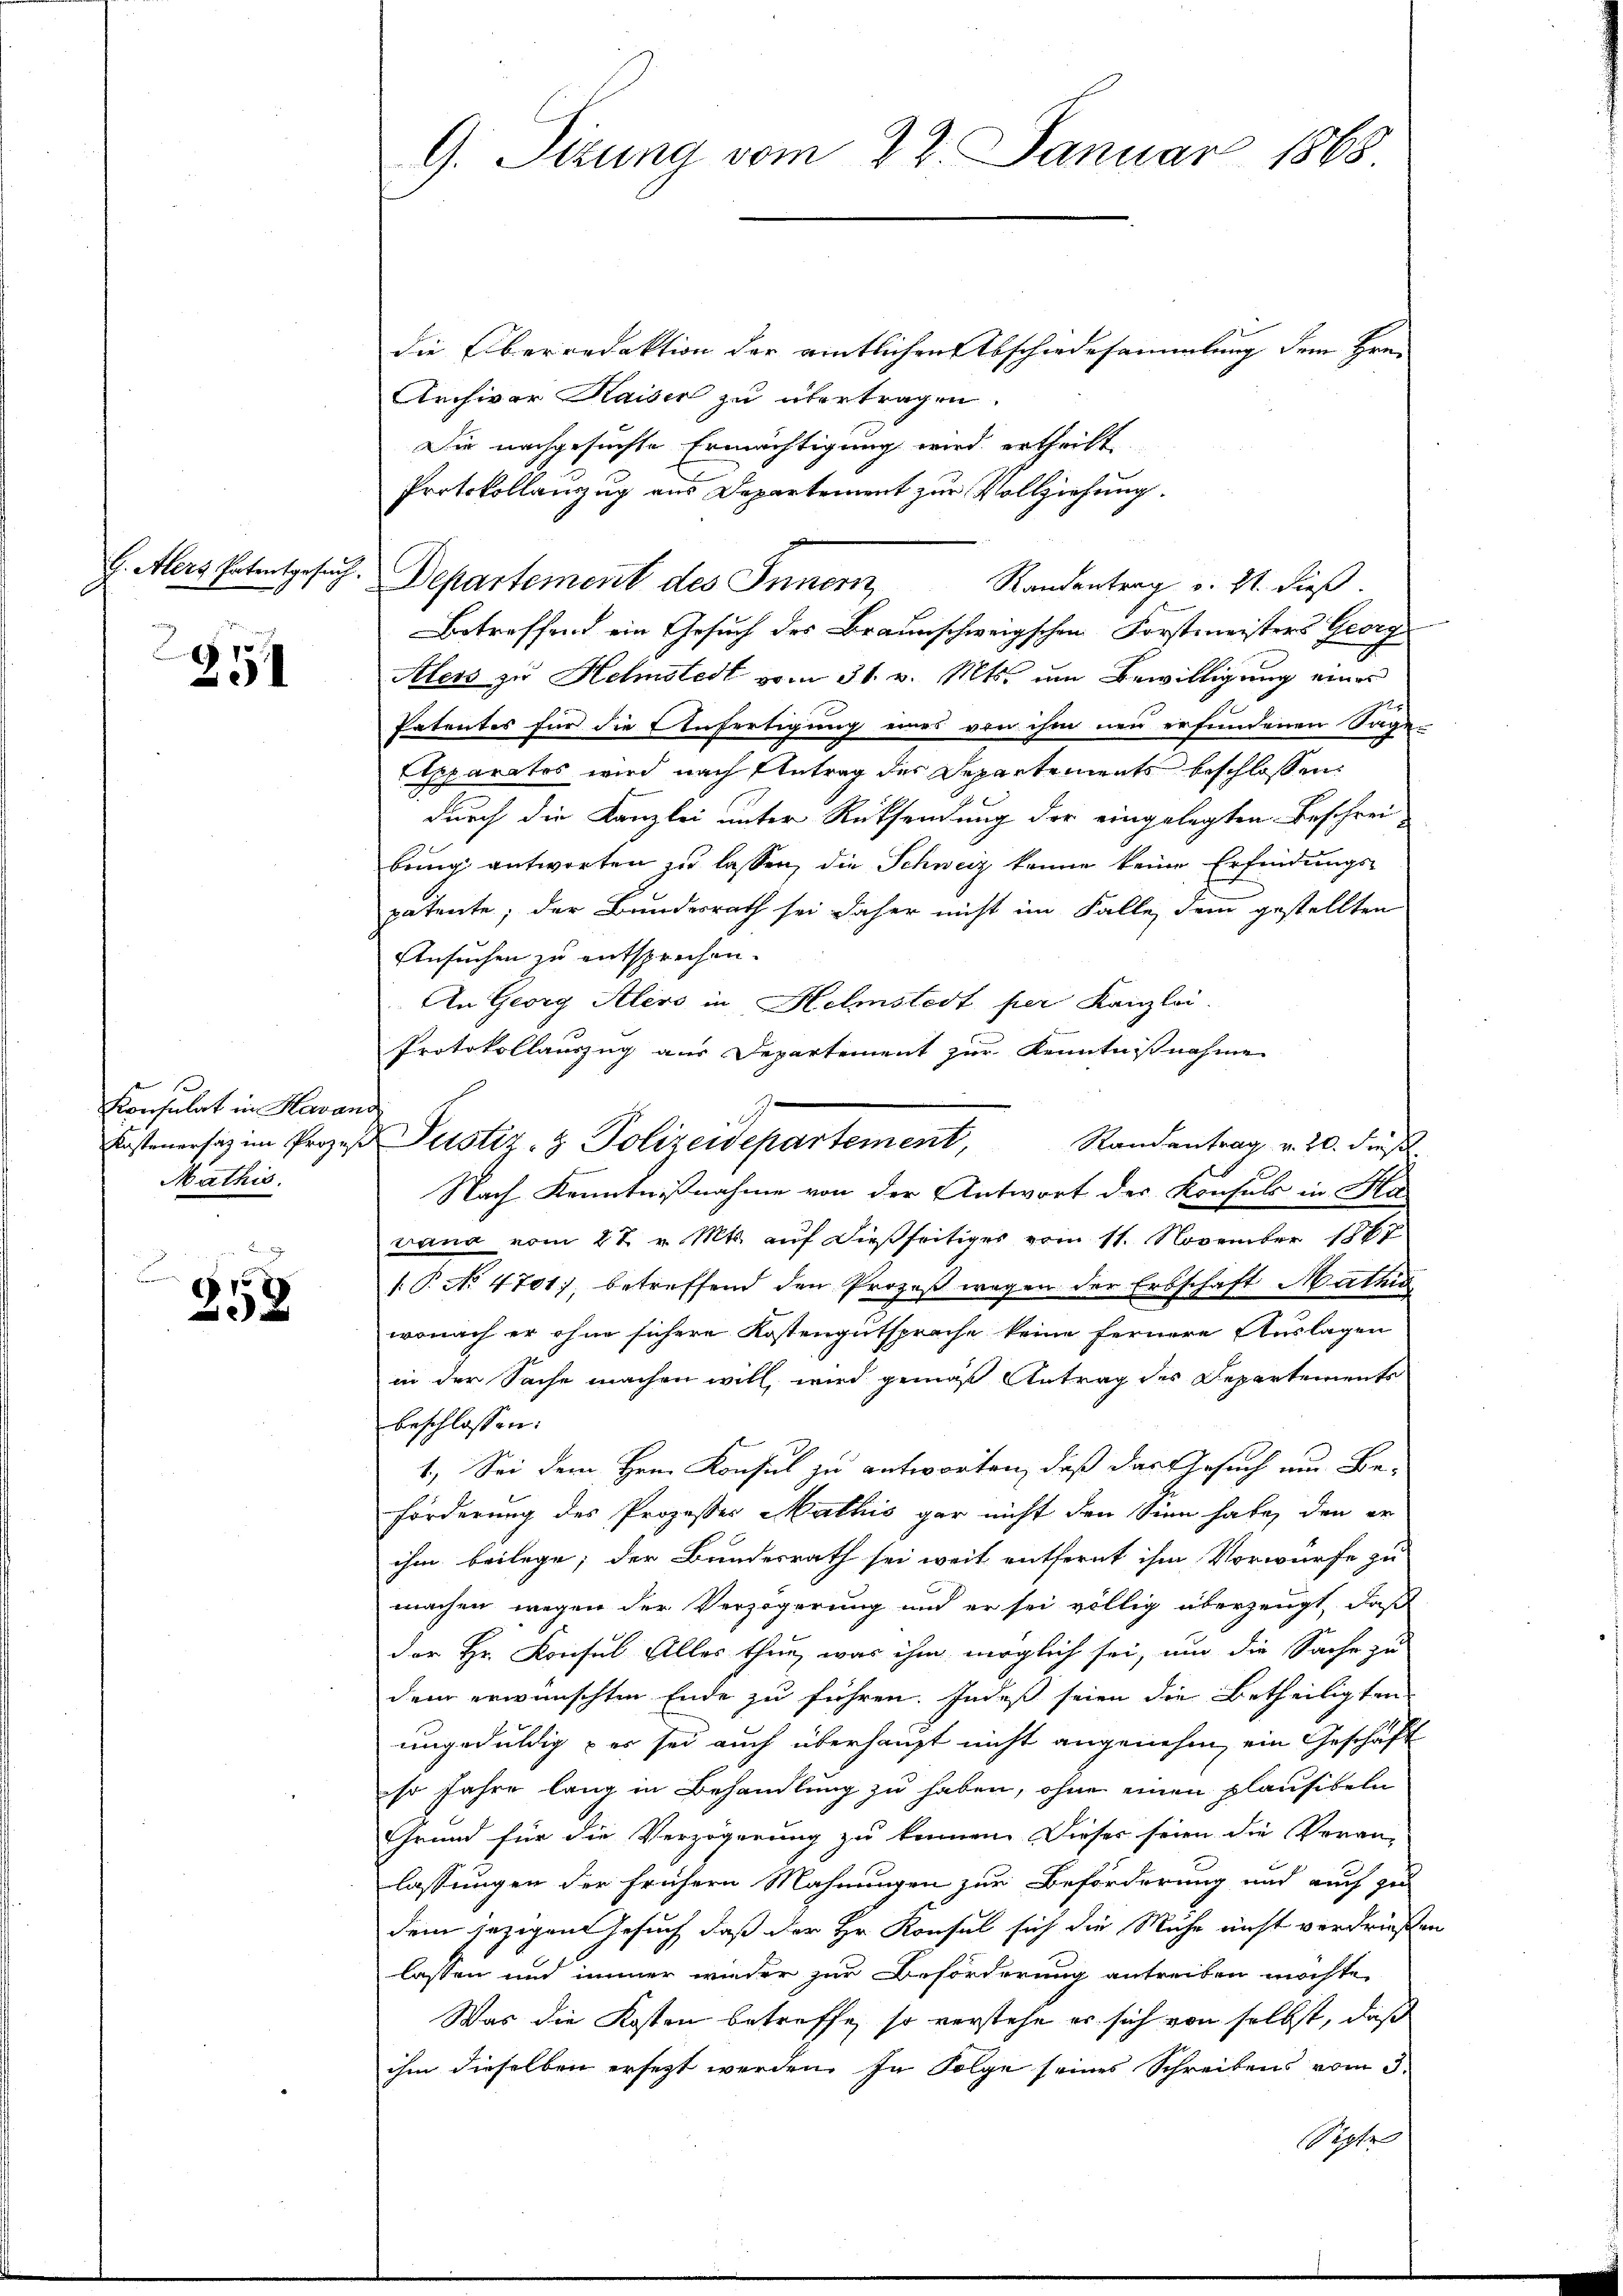
254

Konsulat in Havand
Mathis

u
5
258

G. Sizung vom 22. Januar 1868

b. Alers Patentgesuch. Departement des Innern

die Oberredaktion der amtlichen Abschiedesammlung dem Hrn.
Archiver Kaiser zu übertragen.
Die nachgesuchte Ermächtigung wird ertheilt
Protokollauszzug aus Departement zur Vollziehung.
Randentrag v. 21. dieß.
Betreffend ein Gesuch des Braunschweigschen Forstmeisters Georg
Aless zu Hehmstedt vom 31. v. Mts. um Bewilligung eines
Patentes für die Anfertigung eines von ihm neu erfundenen Sage-
Apparatos wird nach Antrag der Departements beschlossen:
durch die Kanzlei unter Rücksendung der eingelegten Beschrei
bring antworten zu lassen, die Schweiz kenne keine Erfindungs-
patente; der Bundesrath sei daher nicht im Falle dem gestellten
Ansuchen zu entsprechen.
An Georg Alers in Helmstedt per Kanzlei.
Protokollauszug aus Departement zur Kenntnißnahme
Randantrag v. 20. diesel
Nach Kenntnißnahme von der Antwort des Konsuls in Ha
Lana vom 27. v. Mts. auf dießseitiges vom 11. November 1887
[.P. No 4701), betreffend den Prozeß wegen der Erbschaft Mathis
wonach er ohne sichere Kostengutsprache keine fernere Auslagen
in der Sache machen will, wird gemäß Antrag des Departements
beschlossen:
1.) Sei dem Hrn. Konsul zu antworten, daß das Gesuch um Be-
Förderung des Prozesser Mathis gar nicht den Sinn habe, den er
ihm beilege; der Bundesrath sei weit entfernt ihm Vorwürfe zu
machen wegen der Verzögerung und er sei völlig überzeugt, daß
der Hr. Konsul Alles thun, was ihm möglich sei, um die Sache zu
dem erwünschten Ende zu führen. Indeß seien die Betheiligten
ungeduldig – es sei auch überhaupt nicht angenehm, ein Geschäft
so Jahre lang in Behandlung zu haben, ohne einen plausibeln
Grund für die Verzögerung zu können. Dieses seien die Veran-
lassungen der frühern Mahnungen zur Beförderung und auch zu
dem jezigen Gesuch, daß der Hr. Konsul sich die Mühe nicht verdrießen
lassen und immer wieder zur Beforderung antreiben möchte,
Was die Kosten betreffe, so verstehe er sich von selbst, daß
ihm dieselben ersezt werden. In Folge seines Schreibens vom 3.
Septe

e
Kostenersatz im Prozeβ Justiz- & Polizeidepartement,